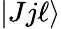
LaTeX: |Jj\ell\rangle